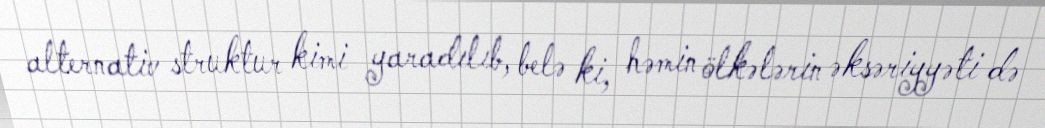
alternativ struktur kimi yaradılıb, belə ki, həmin ölkələrin əksəriyyəti də